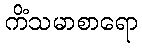
ကိံသမာစာရော